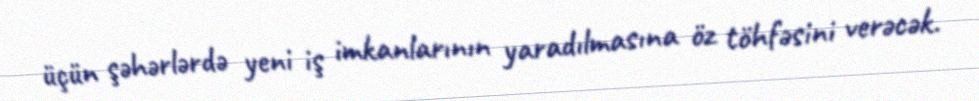
üçün şəhərlərdə yeni iş imkanlarının yaradılmasına öz töhfəsini verəcək.